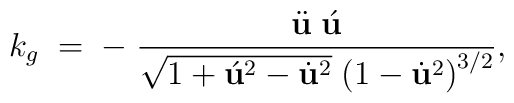
k_g\;=\;-\; \frac{\ddot{\bf u} \;\acute{\bf u}}{\sqrt{1+{\acute{\bf u}}^{2}-{\dot {\bf u}}^{2}} \;{(1-{\dot{\bf u}}^2)}^{3/2}},